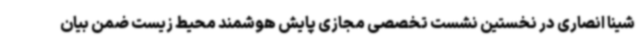
شینا انصاری در نخستین نشست تخصصی مجازی پایش هوشمند محیط زیست ضمن بیان